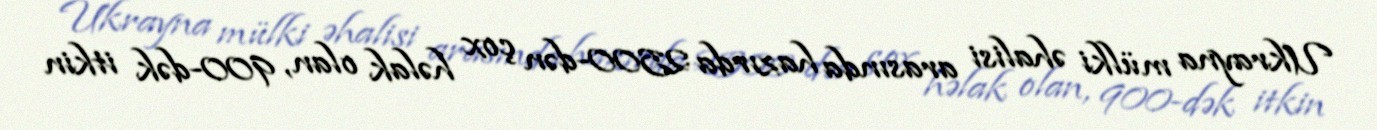
Ukrayna mülki əhalisi arasında hazırda 2500-dən çox həlak olan, 900-dək itkin